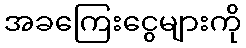
အခကြေးငွေများကို